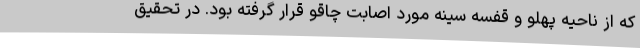
که از ناحیه پهلو و قفسه سینه مورد اصابت چاقو قرار گرفته بود. در تحقیق